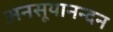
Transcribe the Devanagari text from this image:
अनसूयानन्‍दन